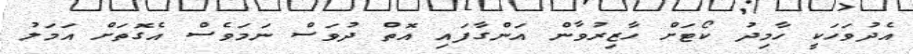
އެދުވަހަކީ ހާމިދު ކޯޓަށް ހާޒިރުވާން އަންގާފައި އޮތް ދުވަސް ނަމަވެސް އެގޮތަށް އަމަލު